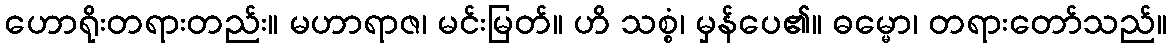
ဟောရိုးတရားတည်း။ မဟာရာဇ၊ မင်းမြတ်။ ဟိ သစ္စံ၊ မှန်ပေ၏။ ဓမ္မော၊ တရားတော်သည်။